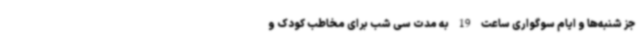
جز شنبه‌ها و ایام سوگواری ساعت 19 به مدت سی شب برای مخاطب کودک و